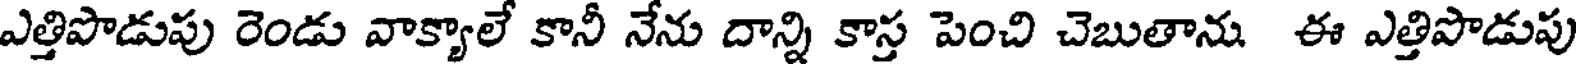
ఎత్తిపొడుపు రెండు వాక్యాలే కానీ నేను దాన్ని కాస్త పెంచి చెబుతాను ఈ ఎత్తిపొడుపు